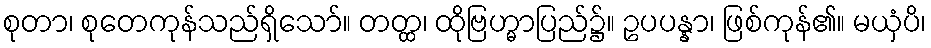
စုတာ၊ စုတေကုန်သည်ရှိသော်။ တတ္ထ၊ ထိုဗြဟ္မာပြည်၌။ ဥပပန္နာ၊ ဖြစ်ကုန်၏။ မယှံပိ၊